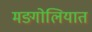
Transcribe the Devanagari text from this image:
मङ्गोलियात